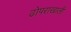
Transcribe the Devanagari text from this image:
ढोपराखाली